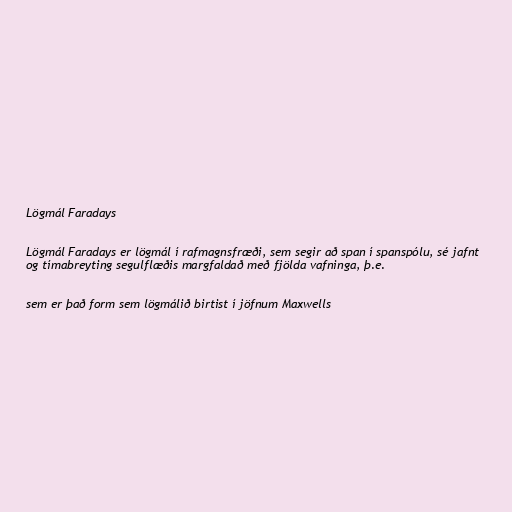
Lögmál Faradays

Lögmál Faradays er lögmál í rafmagnsfræði, sem segir að span í spanspólu, sé jafnt
og tímabreyting segulflæðis margfaldað með fjölda vafninga, þ.e.

sem er það form sem lögmálið birtist í jöfnum Maxwells